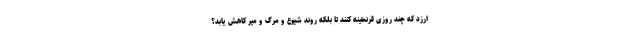
ارزد که چند روزی قرنطینه کنند تا بلکه روند شیوع و مرگ و میر کاهش یابد؟